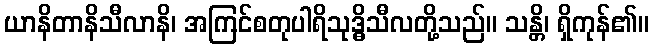
ယာနိတာနိသီလာနိ၊ အကြင်စတုပါရိသုဒ္ဓိသီလတို့သည်။ သန္တိ၊ ရှိကုန်၏။